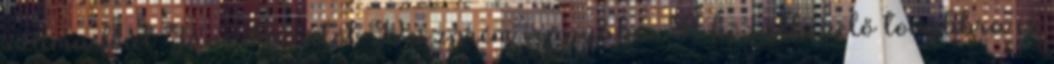
számú főút Jánosházától Veszprém irányába. A közútkezelő továbbra is